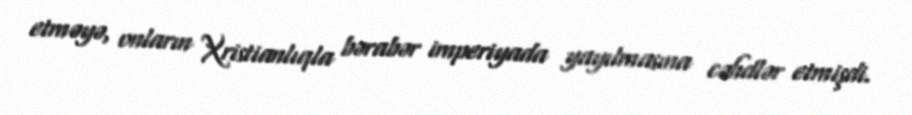
etməyə, onların Xristianlıqla bərabər imperiyada yayılmasına cəhdlər etmişdi.